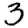
Digit: 3